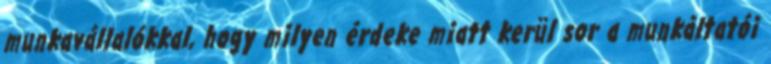
munkavállalókkal, hogy milyen érdeke miatt kerül sor a munkáltatói